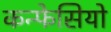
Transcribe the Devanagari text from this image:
कन्फेसियो